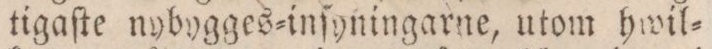
tigaſte nybygges=inſyningarne, utom hwil=